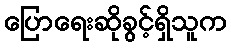
ပြောရေးဆိုခွင့်ရှိသူက